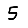
Digit: 5